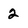
Character: 2